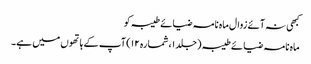
کبھی نہ آئے زوال ماہ نامہ ضیائے طیبہ کو
ماہ نامہ ضیائے طیبہ (جلد ۱، شمارہ ۱۲) آپ کے ہاتھوں میں ہے۔